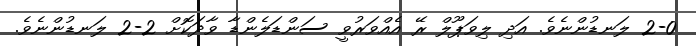
2-0 ލަނޑުންނެވެ. އަދި ލިވަޕޫލް ރޭ އެއްވަރުވީ ސަންޑަލެންޑާ ވާދަކޮށް 2-2 ލަނޑުންނެވެ.